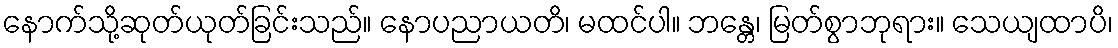
နောက်သို့ဆုတ်ယုတ်ခြင်းသည်။ နောပညာယတိ၊ မထင်ပါ။ ဘန္တေ၊ မြတ်စွာဘုရား။ သေယျထာပိ၊